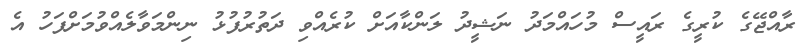
ރާއްޖޭގެ ކުރީގެ ރައީސް މުހައްމަދު ނަޝީދު ލަންކާއަށް ކުރެއްވި ދަތުރުފުޅު ނިންމަވާލެއްވުމަށްފަހު އެ